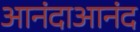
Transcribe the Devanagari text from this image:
आनंदाआनंद